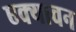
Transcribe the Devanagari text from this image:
एक्यावन